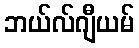
ဘယ်လ်ဂျီယမ်